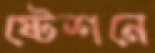
ষ্টেশনে